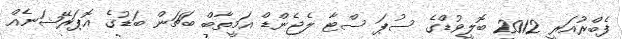
ފެބްރުއަރީ 2012 ބޮލީވުޑްގެ ސުޕަ ސްޓާ ލެޖެންޑް އަމީތާބް ބަޗަން ބަޑުގެ އޮޕަރޭޝަނެއް